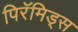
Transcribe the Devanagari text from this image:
पिरॅमिड्स